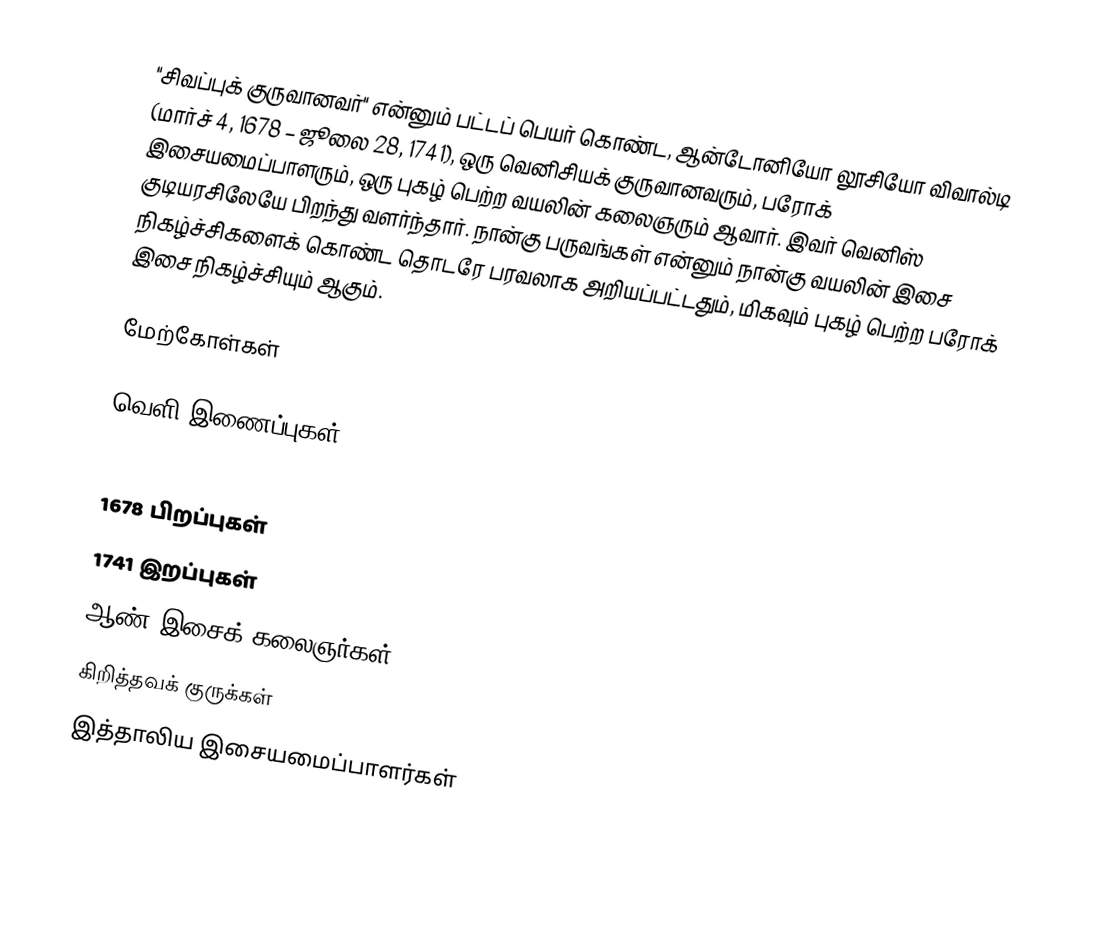
"சிவப்புக் குருவானவர்" என்னும் பட்டப் பெயர் கொண்ட, ஆன்டோனியோ லூசியோ விவால்டி (மார்ச் 4, 1678 – ஜூலை 28, 1741), ஒரு வெனிசியக் குருவானவரும், பரோக் இசையமைப்பாளரும், ஒரு புகழ் பெற்ற வயலின் கலைஞரும் ஆவார். இவர் வெனிஸ் குடியரசிலேயே பிறந்து வளர்ந்தார். நான்கு பருவங்கள் என்னும் நான்கு வயலின் இசை நிகழ்ச்சிகளைக் கொண்ட தொடரே பரவலாக அறியப்பட்டதும், மிகவும் புகழ் பெற்ற பரோக் இசை நிகழ்ச்சியும் ஆகும்.

மேற்கோள்கள்

வெளி இணைப்புகள்

1678 பிறப்புகள்
1741 இறப்புகள்
ஆண் இசைக் கலைஞர்கள்
கிறித்தவக் குருக்கள்
இத்தாலிய இசையமைப்பாளர்கள்